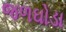
જળઘોડા